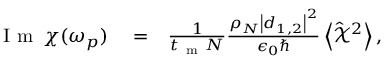
\begin{array} { r l r } { \mathrm { ~ I ~ m ~ } \, \chi ( \omega _ { p } ) } & { { } = } & { \frac { 1 } { t _ { \mathrm { ~ m ~ } } N } \frac { \rho _ { N } \left| \boldsymbol d _ { 1 , 2 } \right| ^ { 2 } } { \epsilon _ { 0 } \hbar } \left< \hat { \mathcal X } ^ { 2 } \right> , } \end{array}